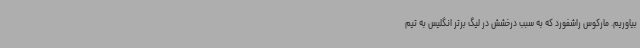
بیاوریم. مارکوس راشفورد که به سبب درخشش در لیگ برتر انگلیس به تیم